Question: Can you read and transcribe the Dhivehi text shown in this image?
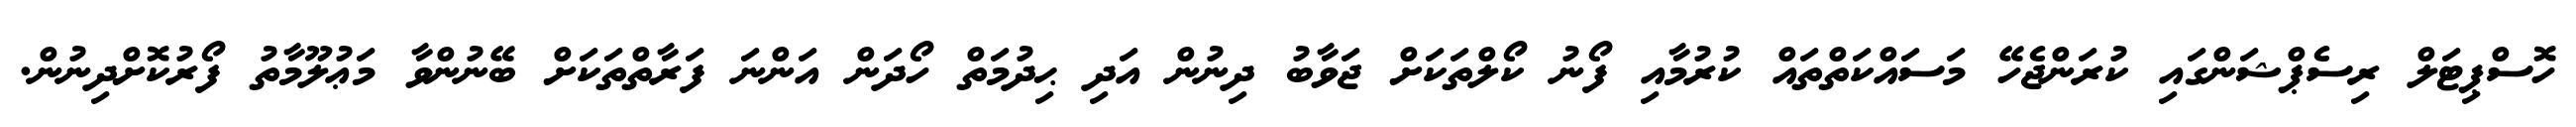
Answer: ހޮސްޕިޓަލް ރިސެޕްޝަންގައި ކުރަންޖެހޭ މަސައްކަތްތައް ކުރުމާއި ފޯނު ކޯލްތަކަށް ޖަވާބު ދިނުން އަދި ޙިދުމަތް ހޯދަން އަންނަ ފަރާތްތަކަށް ބޭނުންވާ މަޢުލޫމާތު ފޯރުކޮށްދިނުން.